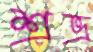
শ্রভ্র